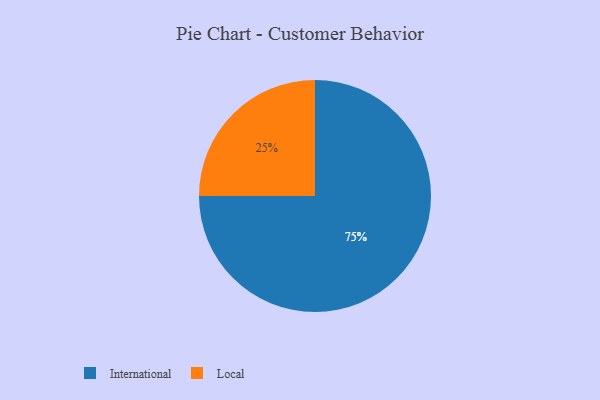
{"axis": {"x": "Category", "y": "Percentage"}, "legend": ["International", "Local"], "data": [{"x": "International", "y": 75, "type": "International"}, {"x": "Local", "y": 25, "type": "Local"}]}